Vaccination report Assam 1874-1896 - 1874-1896
Year: 1874
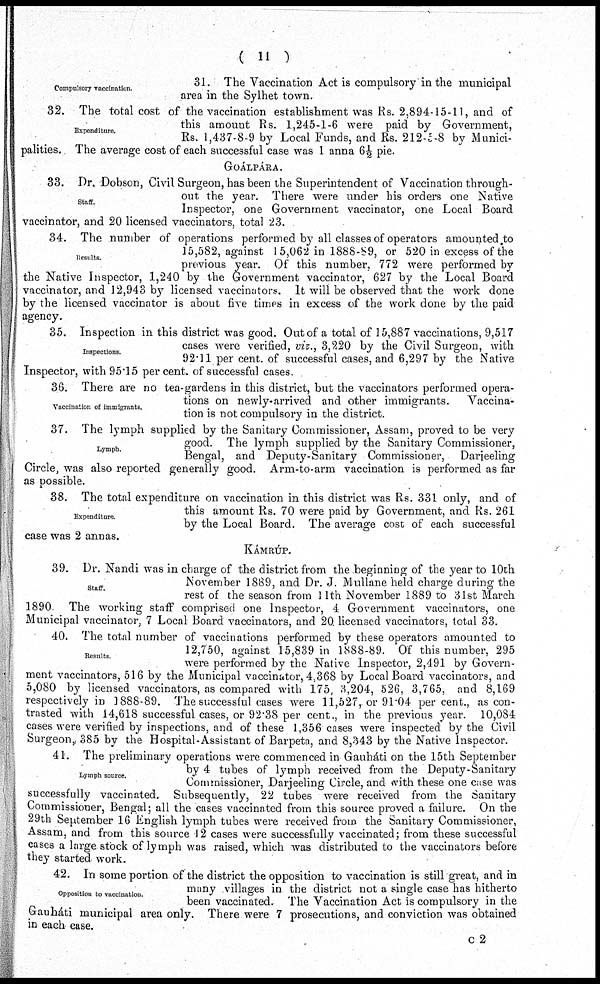
( 11 )
Compulsory vaccination.
31. The Vaccination Act is compulsory in the municipal
area in the Sylhet town.
Expenditure.
32. The total cost of the vaccination establishment was Rs. 2,894-15-11, and of
this amount Rs. 1,245-1-6 were paid by Government,
Rs. 1,437-8-9 by Local Funds, and Rs. 212-5-8 by Munici-
palities. The average cost of each successful case was 1 anna 6 ½ pie.
GOÁLPÁRA.
Staff.
33. Dr. Dobson, Civil Surgeon, has been the Superintendent of Vaccination through-
out the year. There were under his orders one Native
Inspector, one Government vaccinator, one Local Board
vaccinator, and 20 licensed vaccinators, total 23.
Results.
34. The number of operations performed by all classes of operators amounted to
15,582, against 15,062 in 1888-89, or 520 in excess of the
previous year. Of this number, 772 were performed by
the Native Inspector, 1,240 by the Government vaccinator, 627 by the Local Board
vaccinator, and 12,943 by licensed vaccinators. It will be observed that the work done
by the licensed vaccinator is about five times in excess of the work done by the paid
agency.
Inspections.
35. Inspection in this district was good. Out of a total of 15,887 vaccinations, 9,517
cases were verified, viz., 3,220 by the Civil Surgeon, with
92.11 per cent. of successful cases, and 6,297 by the Native
Inspector, with 95.15 per cent. of successful cases.
Vaccination of immigrants.
36. There are no tea-gardens in this district, but the vaccinators performed opera-
tions on newly-arrived and other immigrants. Vaccina-
tion is not compulsory in the district.
Lymph.
37. The lymph supplied by the Sanitary Commissioner, Assam, proved to be very
good. The lymph supplied by the Sanitary Commissioner,
Bengal, and Deputy-Sanitary Commissioner, Darjeeling
Circle, was also reported generally good. Arm-to-arm vaccination is performed as far
as possible.
Expenditure.
38. The total expenditure on vaccination in this district was Rs. 331 only, and of
this amount Rs. 70 were paid by Government, and Rs. 261
by the Local Board. The average cost of each successful
case was 2 annas.
KÁMRÚP.
Staff.
39. Dr. Nandi was in charge of the district from the beginning of the year to 10th
November 1889, and Dr. J. Mullane held charge during the
rest of the season from 11th November 1889 to 31st March
1890 The working staff comprised one Inspector, 4 Government vaccinators, one
Municipal vaccinator, 7 Local Board vaccinators, and 20. licensed vaccinators, total 33.
Results.
40. The total number of vaccinations performed by these operators amounted to
12,750, against 15,839 in 1888-89. Of this number, 295
were performed by the Native Inspector, 2,491 by Govern-
ment vaccinators, 516 by the Municipal vaccinator, 4,368 by Local Board vaccinators, and
5,080 by licensed vaccinators, as compared with 175, 3,204, 526, 3,765, and 8,169
respectively in 1888-89. The successful cases were 11,527, or 91.04 per cent., as con-
trasted with 14,618 successful cases, or 92.38 per cent., in the previous year. 10,084
cases were verified by inspections, and of these 1,356 cases were inspected by the Civil
Surgeon, 385 by the Hospital-Assistant of Barpeta, and 8,343 by the Native Inspector.
Lymph source.
41. The preliminary operations were commenced in Gauháti on the 15th September
by 4 tubes of lymph received from the Deputy-Sanitary
Commissioner, Darjeeling Circle, and with these one case was
successfully vaccinated. Subsequently, 22 tubes were received from the Sanitary
Commissioner, Bengal; all the cases vaccinated from this source proved a failure. On the
29th September 16 English lymph tubes were received from the Sanitary Commissioner,
Assam, and from this source 42 cases were successfully vaccinated; from these successful
cases a large stock of lymph was raised, which was distributed to the vaccinators before
they started work.
Opposition to vaccination.
42. In some portion of the district the opposition to vaccination is still great, and in
many villages in the district not a single case has hitherto
been vaccinated. The Vaccination Act is compulsory in the
Gauháti municipal area only. There were 7 prosecutions, and conviction was obtained
in each case.
c2